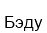
Бэду